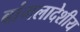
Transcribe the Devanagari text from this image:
बांगलादेशीय